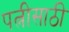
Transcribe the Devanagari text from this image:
पत्नीसाठी